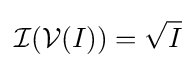
{\mathcal {I}}({\mathcal {V}}(I))={\sqrt {I}}